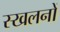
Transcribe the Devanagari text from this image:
स्खलनों